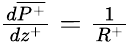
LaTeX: \begin{array}{r}{\frac{d\overline{{P^{+}}}}{dz^{+}}={\frac{1}{R^{+}}}}\end{array}